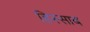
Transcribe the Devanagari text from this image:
हिस्साब